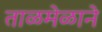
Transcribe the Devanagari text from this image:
ताळमेळाने